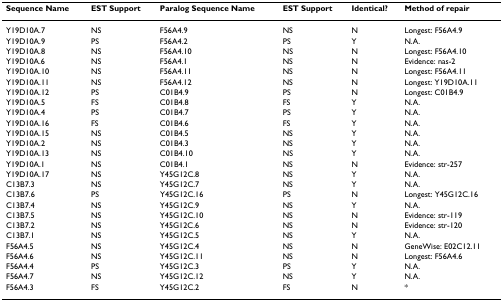
<table><thead><tr><td><b>Sequence Name</b></td><td><b>EST Support</b></td><td><b>Paralog Sequence Name</b></td><td><b>EST Support</b></td><td><b>Identical?</b></td><td><b>Method of repair</b></td></tr></thead><tbody><tr><td>Y19D10A.7</td><td>NS</td><td>F56A4.9</td><td>NS</td><td>N</td><td>Longest: F56A4.9</td></tr><tr><td>Y19D10A.9</td><td>PS</td><td>F56A4.2</td><td>PS</td><td>Y</td><td>N.A.</td></tr><tr><td>Y19D10A.8</td><td>NS</td><td>F56A4.10</td><td>NS</td><td>N</td><td>Longest: F56A4.10</td></tr><tr><td>Y19D10A.6</td><td>NS</td><td>F56A4.1</td><td>NS</td><td>N</td><td>Evidence: nas-2</td></tr><tr><td>Y19D10A.10</td><td>NS</td><td>F56A4.11</td><td>NS</td><td>N</td><td>Longest: F56A4.11</td></tr><tr><td>Y19D10A.11</td><td>NS</td><td>F56A4.12</td><td>NS</td><td>N</td><td>Longest: Y19D10A.11</td></tr><tr><td>Y19D10A.12</td><td>PS</td><td>C01B4.9</td><td>PS</td><td>N</td><td>Longest: C01B4.9</td></tr><tr><td>Y19D10A.5</td><td>FS</td><td>C01B4.8</td><td>FS</td><td>Y</td><td>N.A.</td></tr><tr><td>Y19D10A.4</td><td>PS</td><td>C01B4.7</td><td>PS</td><td>Y</td><td>N.A.</td></tr><tr><td>Y19D10A.16</td><td>FS</td><td>C01B4.6</td><td>FS</td><td>Y</td><td>N.A.</td></tr><tr><td>Y19D10A.15</td><td>NS</td><td>C01B4.5</td><td>NS</td><td>Y</td><td>N.A.</td></tr><tr><td>Y19D10A.2</td><td>NS</td><td>C01B4.3</td><td>NS</td><td>Y</td><td>N.A.</td></tr><tr><td>Y19D10A.13</td><td>NS</td><td>C01B4.10</td><td>NS</td><td>Y</td><td>N.A.</td></tr><tr><td>Y19D10A.1</td><td>NS</td><td>C01B4.1</td><td>NS</td><td>N</td><td>Evidence: str-257</td></tr><tr><td>Y19D10A.17</td><td>NS</td><td>Y45G12C.8</td><td>NS</td><td>Y</td><td>N.A.</td></tr><tr><td>C13B7.3</td><td>NS</td><td>Y45G12C.7</td><td>NS</td><td>Y</td><td>N.A.</td></tr><tr><td>C13B7.6</td><td>PS</td><td>Y45G12C.16</td><td>PS</td><td>N</td><td>Longest: Y45G12C.16</td></tr><tr><td>C13B7.4</td><td>NS</td><td>Y45G12C.9</td><td>NS</td><td>Y</td><td>N.A.</td></tr><tr><td>C13B7.5</td><td>NS</td><td>Y45G12C.10</td><td>NS</td><td>N</td><td>Evidence: str-119</td></tr><tr><td>C13B7.2</td><td>NS</td><td>Y45G12C.6</td><td>NS</td><td>N</td><td>Evidence: str-120</td></tr><tr><td>C13B7.1</td><td>NS</td><td>Y45G12C.5</td><td>NS</td><td>Y</td><td>N.A.</td></tr><tr><td>F56A4.5</td><td>NS</td><td>Y45G12C.4</td><td>NS</td><td>N</td><td>GeneWise: E02C12.11</td></tr><tr><td>F56A4.6</td><td>NS</td><td>Y45G12C.11</td><td>NS</td><td>N</td><td>Longest: F56A4.6</td></tr><tr><td>F56A4.4</td><td>PS</td><td>Y45G12C.3</td><td>PS</td><td>Y</td><td>N.A.</td></tr><tr><td>F56A4.7</td><td>NS</td><td>Y45G12C.12</td><td>NS</td><td>Y</td><td>N.A.</td></tr><tr><td>F56A4.3</td><td>FS</td><td>Y45G12C.2</td><td>FS</td><td>N</td><td>*</td></tr></tbody></table>